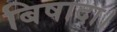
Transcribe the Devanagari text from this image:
बिषादा।